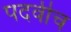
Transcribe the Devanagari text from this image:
पदवीच